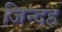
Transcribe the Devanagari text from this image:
जिन्दह